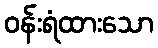
ဝန်းရံထားသော